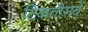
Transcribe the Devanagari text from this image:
टिकतीसयें